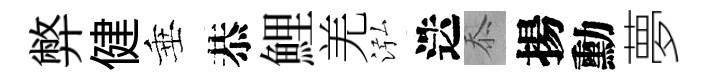
弊健垂恭鯉羌泓迭忝揚勳夢